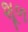
શૂળ